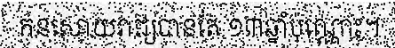
កនសោយរាជ្យបានតែ ១៣ឆ្នាំប៉ុណ្ណោះ។